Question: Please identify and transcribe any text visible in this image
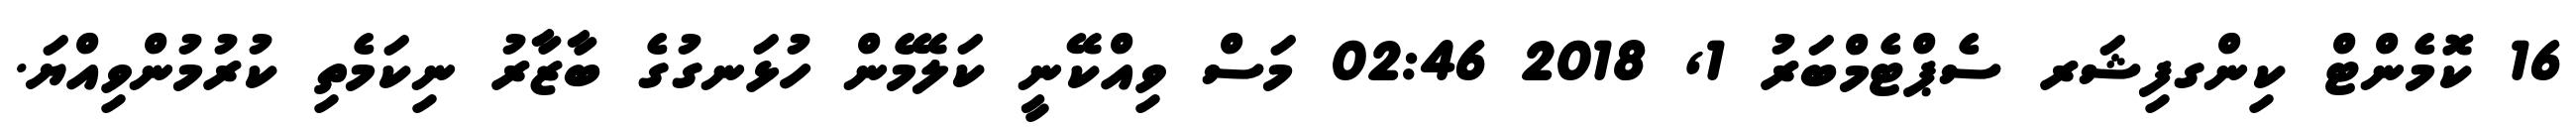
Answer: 16 ކޮމެންޓް ކިންގފިޝަރ ސެޕްޓެމްބަރު 1, 2018 02:46 މަސް ވިއްކޭނީ ކަލޭމެން ހުޅަނގުގެ ބާޒާރު ނިކަމެތި ކުރުމުންވިއްޔަ.